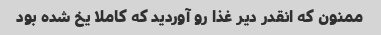
ممنون که انقدر دیر غذا رو آوردید که کاملا یخ شده بود